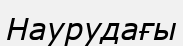
Наурудағы